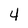
Character: 4